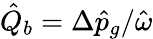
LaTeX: \hat{Q}_{b}=\Delta\hat{p}_{g}/\hat{\omega}